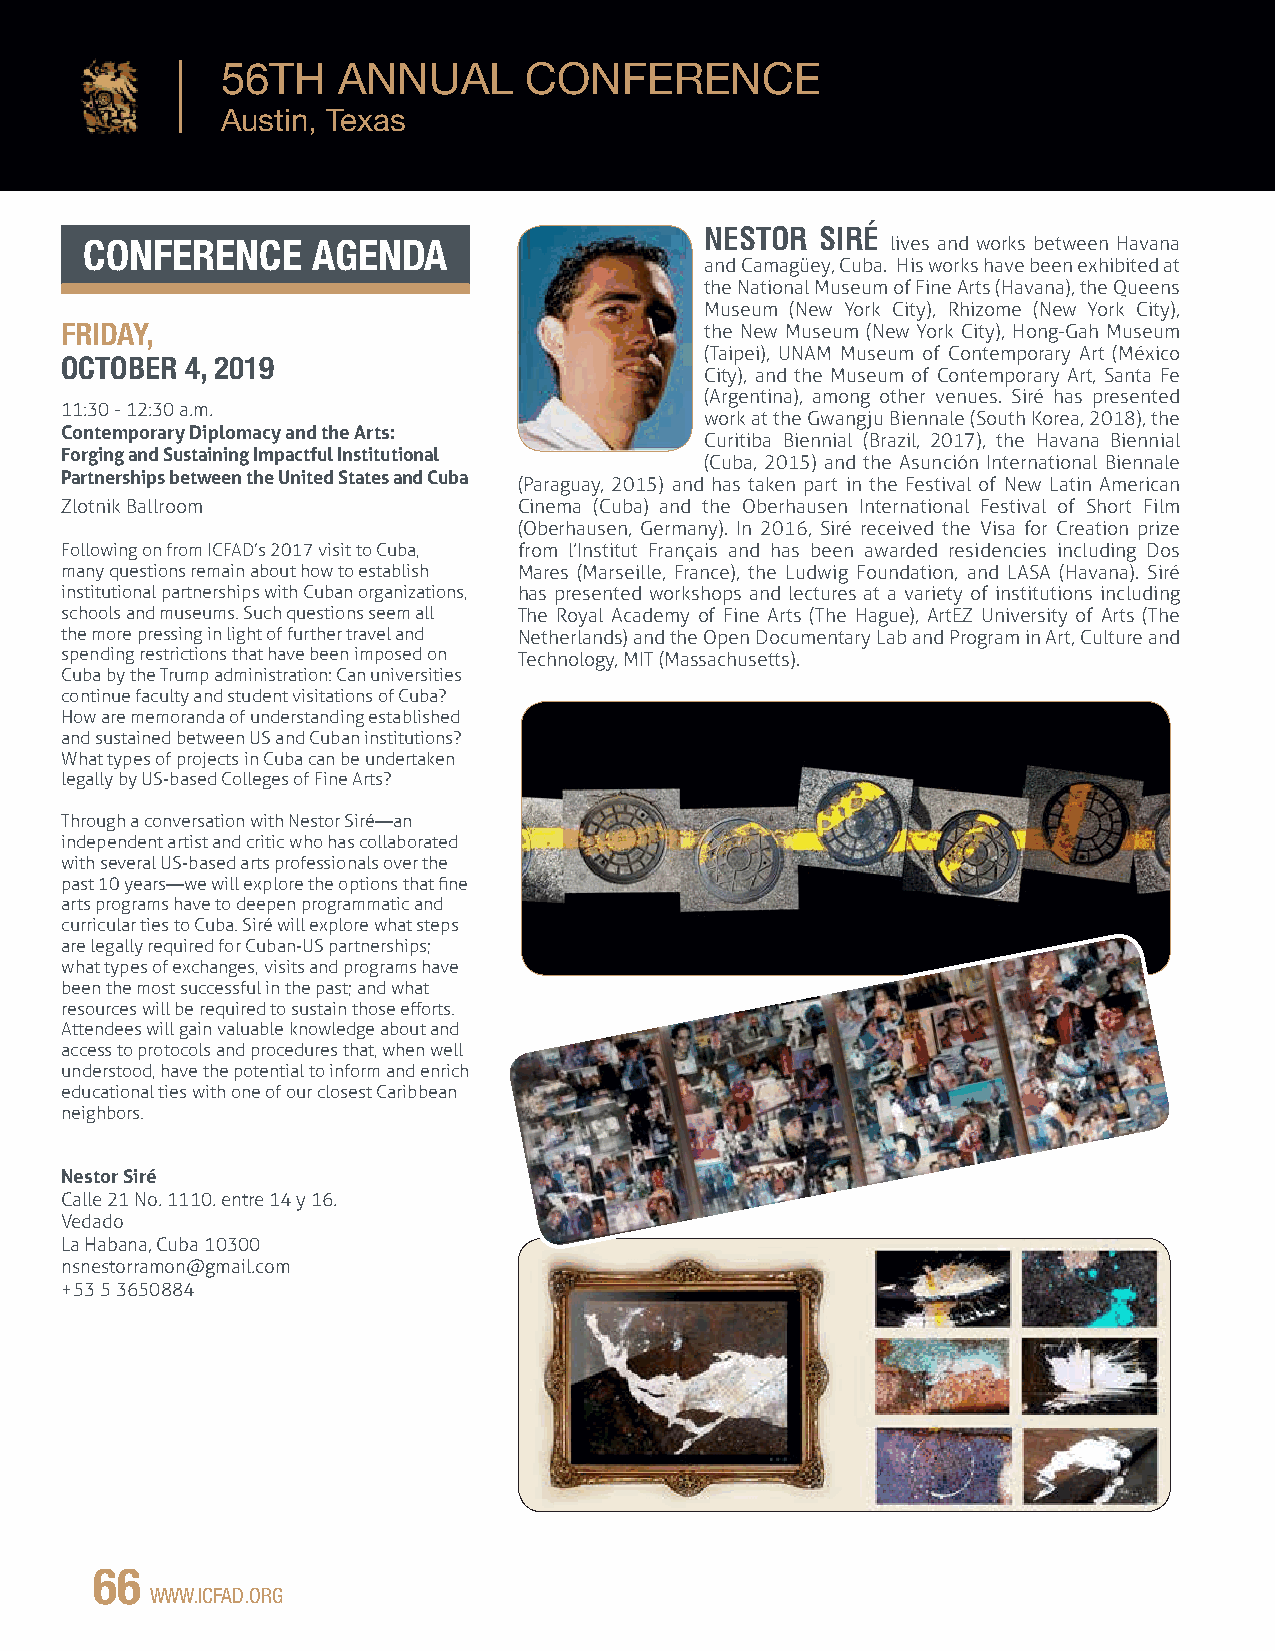
56TH   ANNUAL       CONFERENCE
 Austin, Texas
 NESTOR SIRÉ
 CONFERENCE     AGENDA                                lives and works between Havana
 and Camagüey, Cuba. His works have been exhibited at
 the National Museum of Fine Arts (Havana), the Queens
 Museum (New York City), Rhizome (New York City),
 FRIDAY,                                    the New Museum (New York City), Hong-Gah Museum
 (Taipei), UNAM Museum of Contemporary Art (México
 OCTOBER 4, 2019
 City), and the Museum of Contemporary Art, Santa Fe
 (Argentina), among other venues. Siré has presented
 11:30 - 12:30 a.m.
 work at the Gwangju Biennale (South Korea, 2018), the
 Contemporary Diplomacy and the Arts:
 Curitiba Biennial (Brazil, 2017), the Havana Biennial
 Forging and Sustaining Impactful Institutional
 (Cuba, 2015) and the Asunción International Biennale
 Partnerships between the United States and Cuba
 (Paraguay, 2015) and has taken part in the Festival of New Latin American
 Zlotnik Ballroom              Cinema (Cuba) and the Oberhausen International Festival of Short Film
 (Oberhausen, Germany). In 2016, Siré received the Visa for Creation prize
 Following on from ICFAD’s 2017 visit to Cuba, from l’Institut Français and has been awarded residencies including Dos
 many questions remain about how to establish Mares (Marseille, France), the Ludwig Foundation, and LASA (Havana). Siré
 institutional partnerships with Cuban organizations, has presented workshops and lectures at a variety of institutions including
 schools and museums. Such questions seem all The Royal Academy of Fine Arts (The Hague), ArtEZ University of Arts (The
 the more pressing in light of further travel and Netherlands) and the Open Documentary Lab and Program in Art, Culture and
 spending restrictions that have been imposed on Technology, MIT (Massachusetts).
 Cuba by the Trump administration: Can universities
 continue faculty and student visitations of Cuba?
 How are memoranda of understanding established
 and sustained between US and Cuban institutions?
 What types of projects in Cuba can be undertaken
 legally by US-based Colleges of Fine Arts?
 Through a conversation with Nestor Siré—an
 independent artist and critic who has collaborated
 with several US-based arts professionals over the
 past 10 years—we will explore the options that fine
 arts programs have to deepen programmatic and
 curricular ties to Cuba. Siré will explore what steps
 are legally required for Cuban-US partnerships;
 what types of exchanges, visits and programs have
 been the most successful in the past; and what
 resources will be required to sustain those efforts.
 Attendees will gain valuable knowledge about and
 access to protocols and procedures that, when well
 understood, have the potential to inform and enrich
 educational ties with one of our closest Caribbean
 neighbors.
 Nestor Siré
 Calle 21 No. 1110. entre 14 y 16.
 Vedado
 La Habana, Cuba 10300
 nsnestorramon@gmail.com
 +53 5 3650884
 66
 WWW.ICFAD.ORG